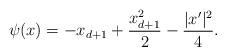
LaTeX: \begin{align*} \psi (x) = -x_{d+1} + \frac{x_{d+1}^2}{2} - \frac{\lvert x' \rvert^2}{4} .\end{align*}